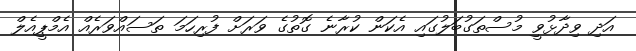
އަދި ވިދާޅުވީ މުސްތަގުބަލުގައި އެކަން ކުރާނެ ގޮތުގެ ވަރަށް ފުރިހަމަ ތަސައްވަރެއް އެމްޕީއެލް